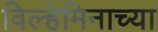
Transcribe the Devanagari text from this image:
विल्हेमिनाच्या